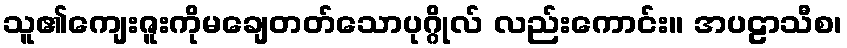
သူ၏ကျေးဇူးကိုမချေတတ်သောပုဂ္ဂိုလ် လည်းကောင်း။ အပဠာသီစ၊